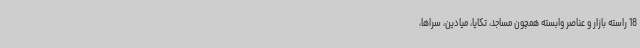
18 راسته بازار و عناصر وابسته همچون مساجد، تکایا، میادین، سراها،